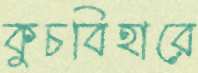
কুচবিহারে